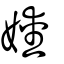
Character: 嬡